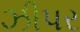
ઝીપર